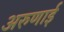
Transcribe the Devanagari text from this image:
अरुणाई